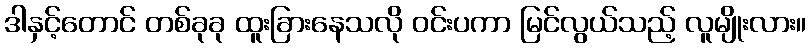
ဒါနှင့်တောင် တစ်ခုခု ထူးခြားနေသလို ဝင်းပကာ မြင်လွယ်သည့် လူမျိုးလား။